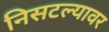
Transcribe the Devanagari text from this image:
निसटल्यावर